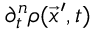
\partial _ { t } ^ { n } \rho ( \vec { x } ^ { \prime } , t )